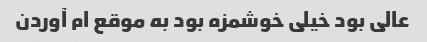
عالی بود خیلی خوشمزه بود به موقع ام آوردن